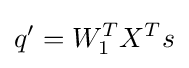
q'=W_{1}^{T}X^{T}s